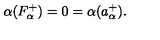
\alpha ( F _ { \alpha } ^ { + } ) = 0 = \alpha ( a _ { \alpha } ^ { + } ) .